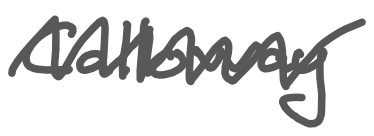
Text: Calloway
Cross-out: zig-zag
Writing tool: digital_gray